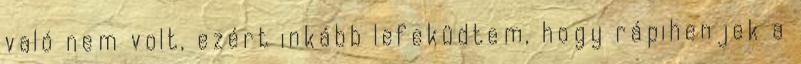
való nem volt, ezért inkább lefeküdtem, hogy rápihenjek a